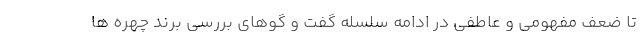
تا ضعف مفهومی و عاطفی در ادامه سلسله گفت و گوهای بررسی برند چهره ها